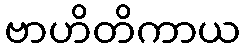
ဗာဟိတိကာယ